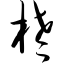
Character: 栳